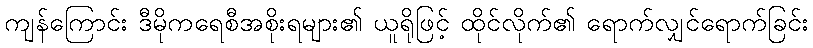
ကျန်ကြောင်း ဒီမိုကရေစီအစိုးရများ၏ ယူရိုဖြင့် ထိုင်လိုက်၏ ရောက်လျှင်ရောက်ခြင်း